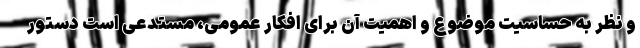
و نظر به حساسیت موضوع و اهمیت آن برای افکار عمومی، مستدعی است دستور